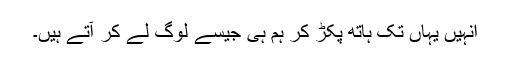
انہیں یہاں تک ہاتھ پکڑ کر ہم ہی جیسے لوگ لے کر آتے ہیں۔